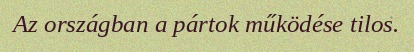
Az országban a pártok működése tilos.